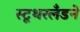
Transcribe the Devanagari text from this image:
स्टूथरलँडने